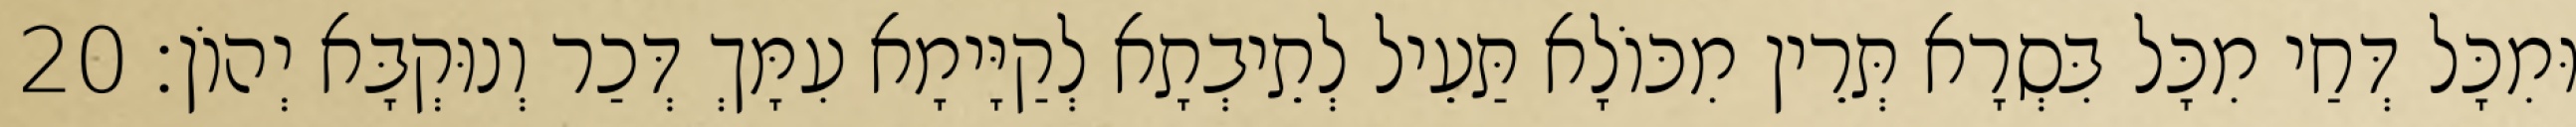
וּמִכָּל דְּחַי מִכָּל בִּסְרָא תְּרֵין מִכּוֹלָא תַּעֵיל לְתֵיבְתָא לְקַיָּימָא עִמָּךְ דְּכַר וְנוּקְבָּא יְהוֹן׃ 20